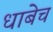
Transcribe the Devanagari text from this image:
धाबेच